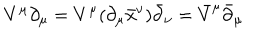
V ^ { \mu } \partial _ { \mu } = V ^ { \mu } ( \partial _ { \mu } { \bar { x } } ^ { \nu } ) \bar { \partial } _ { \nu } = { \bar { V } } ^ { \mu } { \bar { \partial } } _ { \mu }